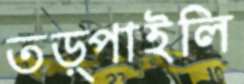
তড়্‌পাইলি